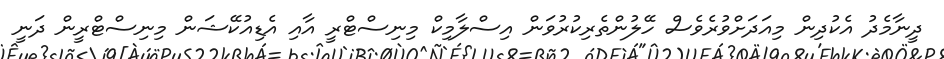
ދީނާމެދު އެކުދިން މިއަދަށްވުރެވެސް ހޭލުންތެރިކުރުވަން އިސްލާމިކް މިނިސްޓްރީ އާއި އެޑިއުކޭޝަން މިނިސްޓްރީން ދަނީ